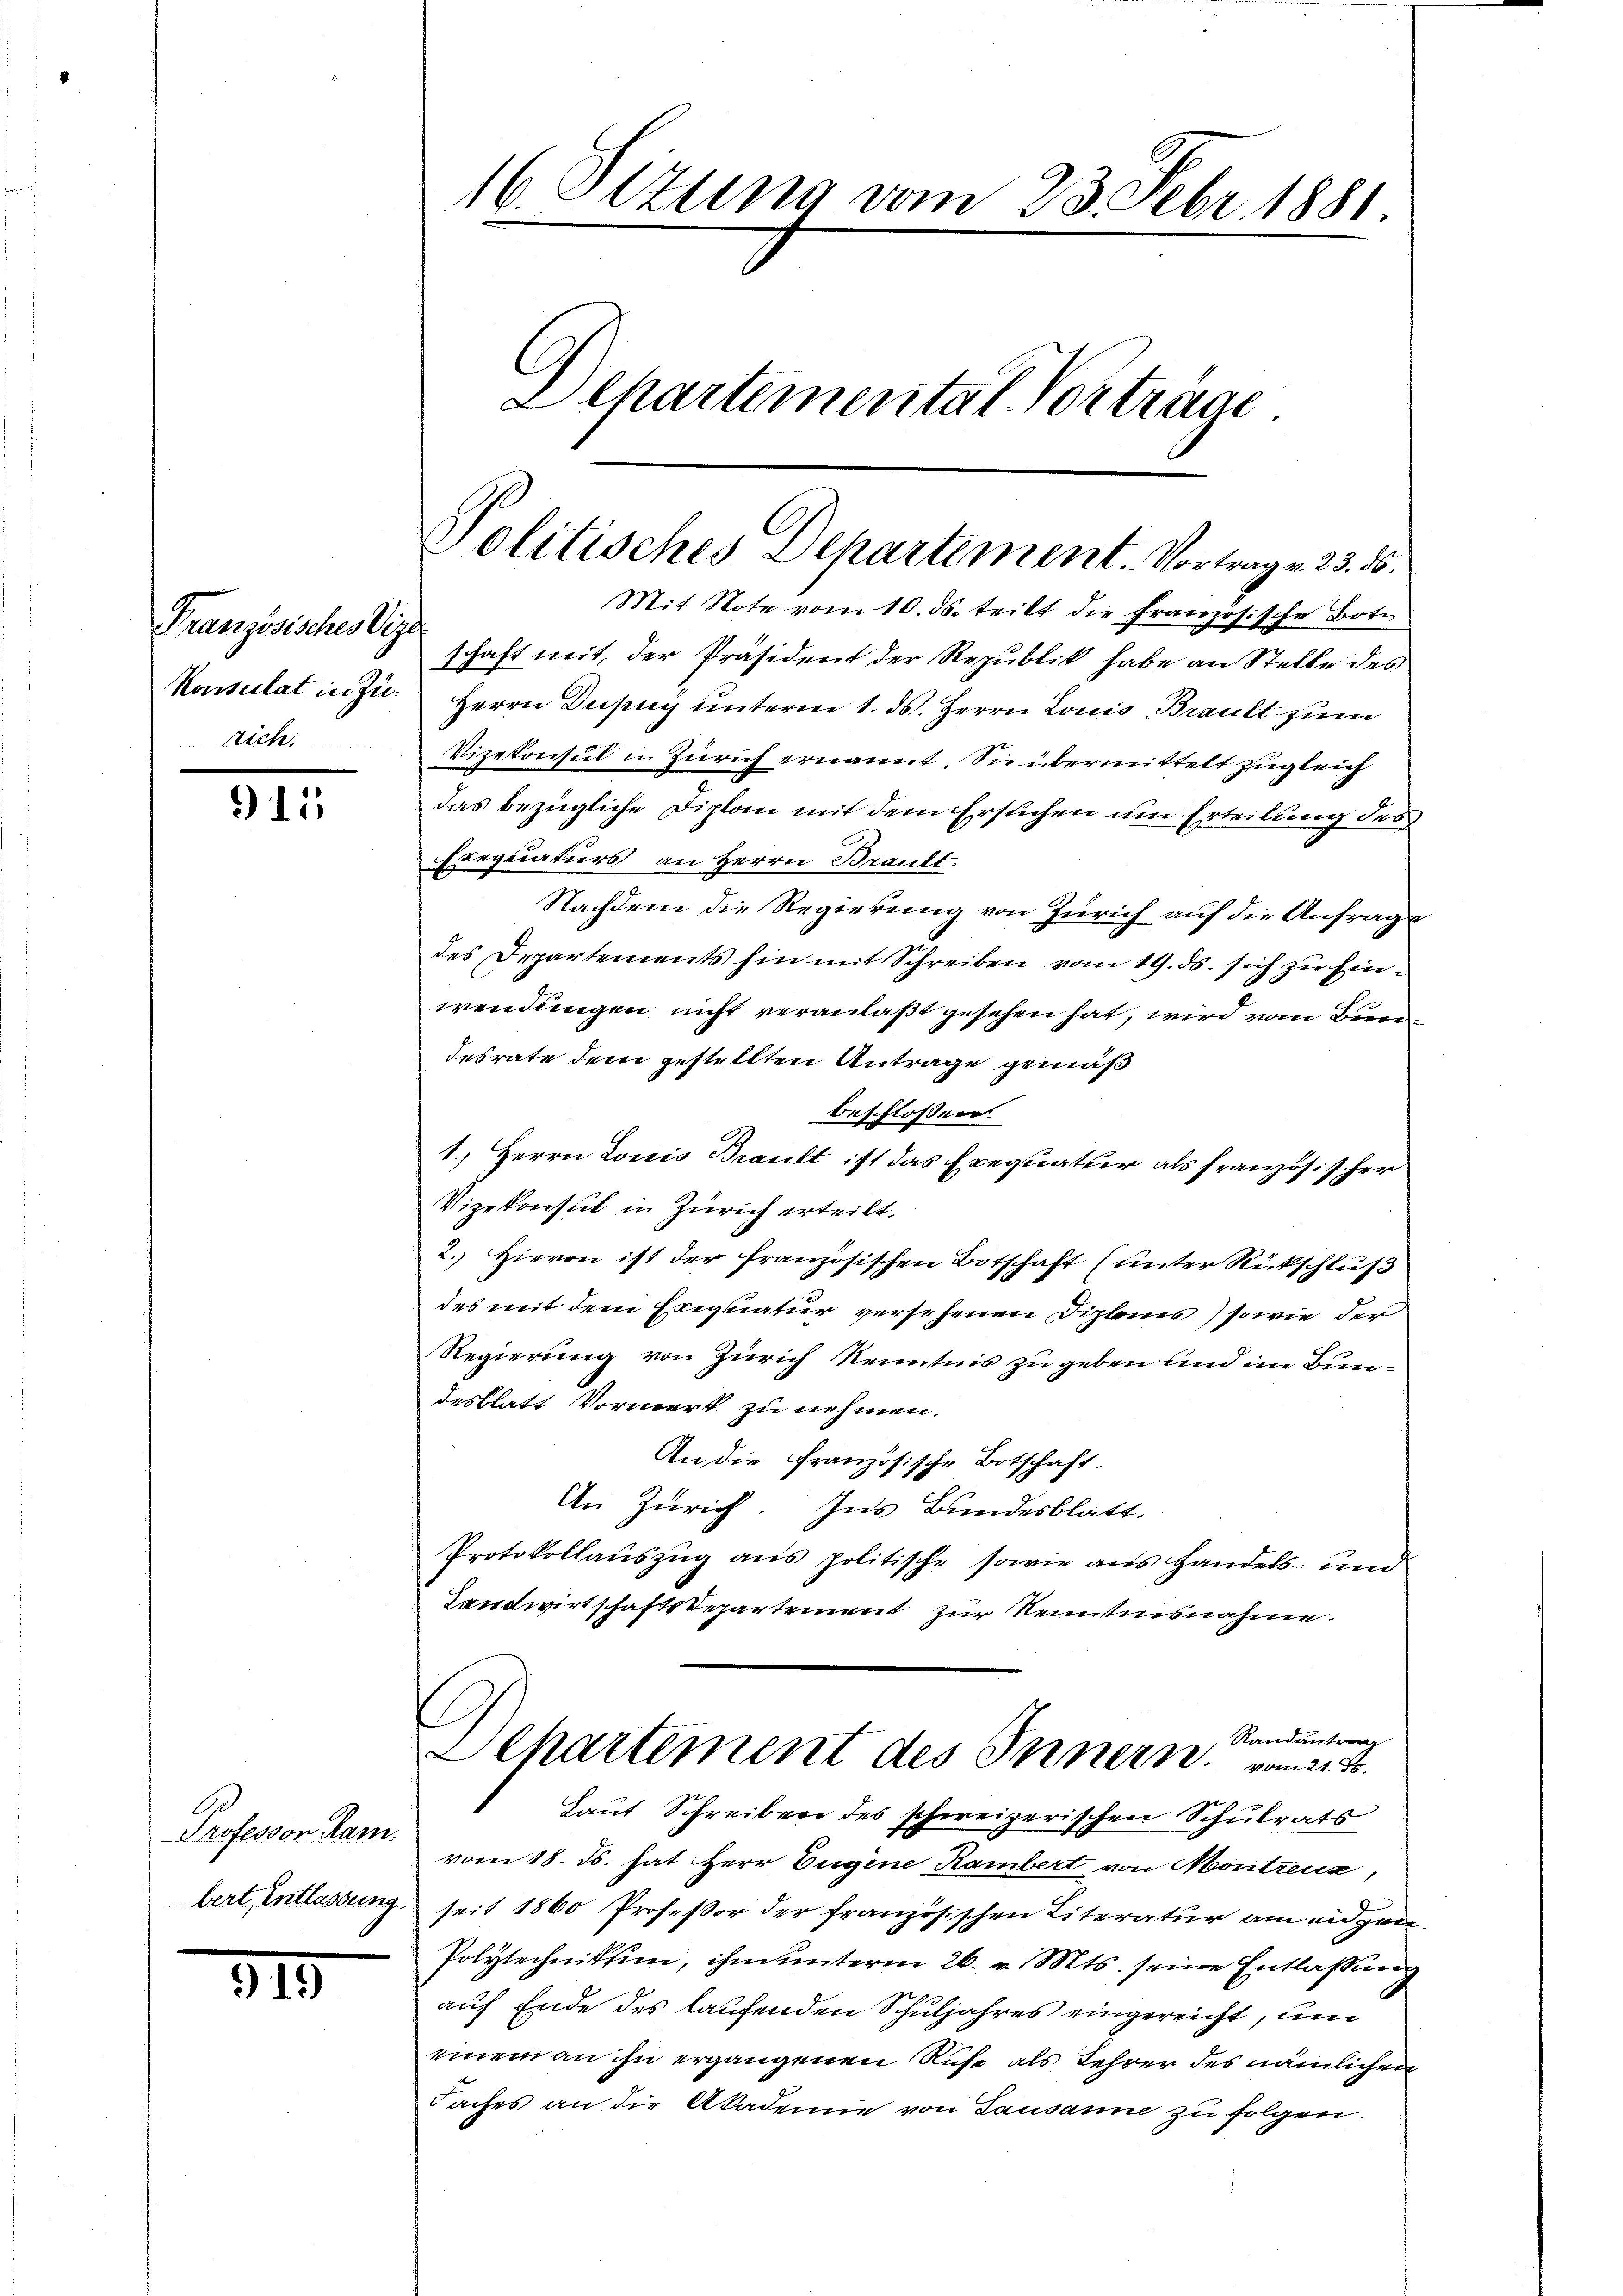
Französisches Vize
rich.

911

Professor Ram.
bert, Entlassung.

319

Mit Note vom 10. ds. teilt die Französische Bote
schaft mit, der Präsident der Republik habe an Stelle des
Konsulat in zu. Herrn Dupuy unterm 1. ds. Herrn Louis Braut zum
Vizekonsul in Zürich ernannt. Sie übermittelt zugleich
das bezügliche Diplom mit dem Ersuchen um Erteilung des
Exequaturs an Herrn Brault.
Nachdem die Regierung von Zürich auf die Anfrage
des Departements hin mit Schreiben vom 19. ds. sich zu Einwendungen nicht veranlaßt gesehen hat, wird vom Bundesrate dem gestellten Antrage gemäß
beschlossen
1.) Herrn Lonis Braut ist das Exequatur als französischer
Vizekonsul in Zürich erteilt.
2. Hievon ist der französischen Botschaft (unter Rückschluß
des mit dem Eregnatur versehenen Diploms, so wie der
Regierung von Zürich Kenntnis zu geben und im Bundesblatt Vormerk zu nehmen.
An die Französische Botschaft.
An Zürich. Ins Bundesblatt.
Protokollauszug aus politische sowie aus Handels- und
Landwirtschaftsdepartement zur Kenntnisnahme.

16. Stzung vom 23. Febr. 1881
Ilkartemental-Vorträge

Politisches Departement. Vortrag v. 23. ds.

Randantrag
Departement des Innern vom 21.
Laut Schreiben des schweizerischen Schulrats

vom 18. ds. hat Herr Eugene Rambert von Montreux,
seit 1860 Professor der französischen Literatur am eidgen.
Polytechniktion, ihm unterm 26. v. Mts. seine Entlassung
auf Ende des laufenden Schuljahres eingereicht, um
einem an ihn ergangenen Ruhe als Lehrer des nämlichen
Faches an die Akademie von Lausanne zu folgen.